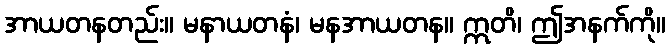
အာယတနတည်း။ မနာယတနံ၊ မနအာယတန။ ဣတိ၊ ဤအနက်ကို။